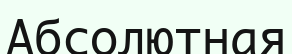
Абсолютная